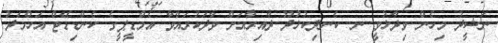
ނަޝީދު މިހެން ވިދާޅުވީ ނ. ކެނދިކުުޅުދޫ ދާއިރާއަށް ވާދަކުރައްވާ އެމްޑީޕީގެ ކެންޑިޑޭޓް އަހްމަދު